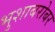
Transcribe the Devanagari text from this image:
भुशाबरोबर